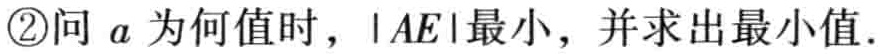
\textcircled{2}问 \(a\) 为何值时，\(\vert AE\vert\) 最小，并求出最小值.